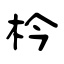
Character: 枔